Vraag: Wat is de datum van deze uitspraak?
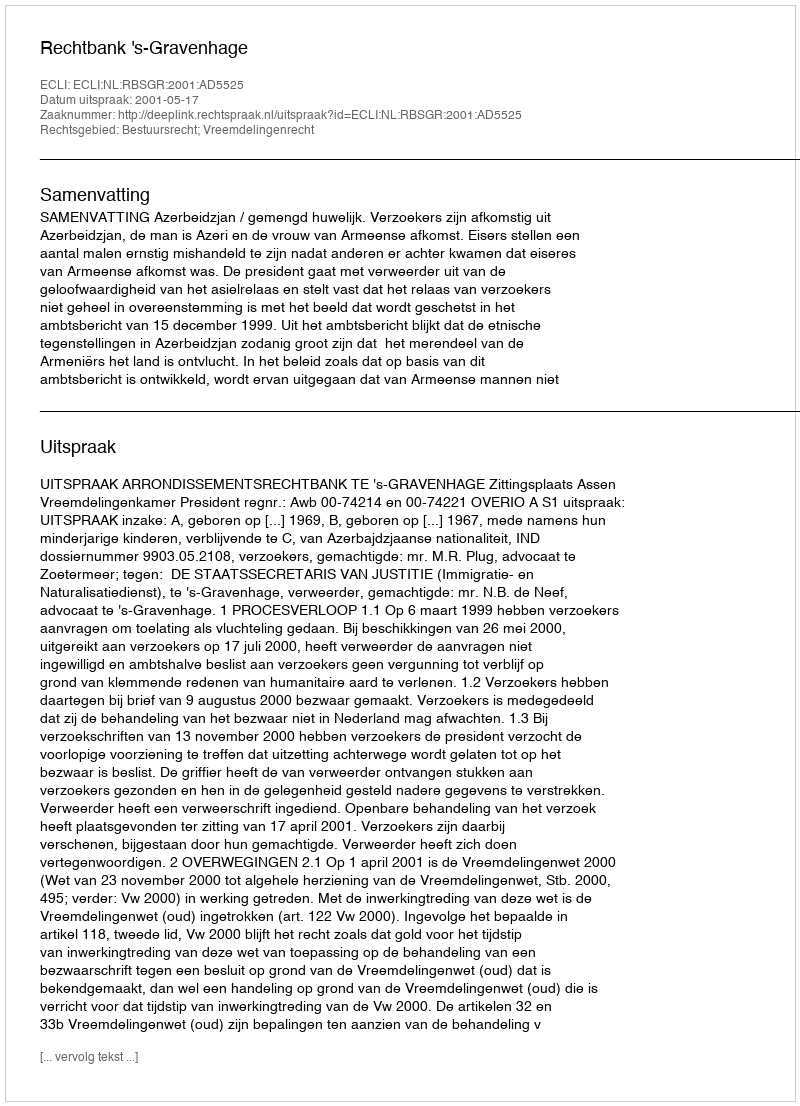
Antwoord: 2001-05-17